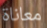
معاناة